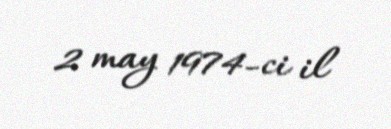
2 may 1974-ci il